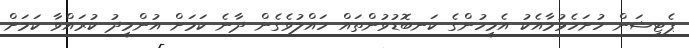
ޕެޓިޝަން ހުށަހެޅުމާއެކު އެމީހުންގެ ކަނބޮޑުވުންތައް ހައްލުވެގެން ދާނެ ކަމަށް އުންމީދު ކުރައްވާ ކަމަށް